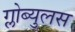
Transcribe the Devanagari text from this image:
ग्लोब्युलस